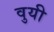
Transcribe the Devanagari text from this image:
वुयी